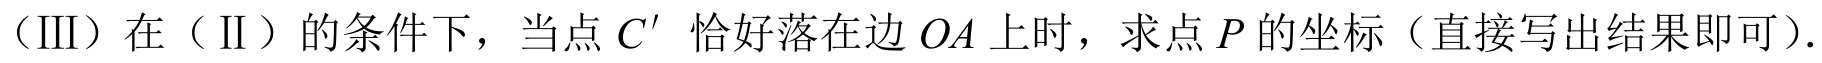
（III）在（Ⅱ）的条件下，当点 \(C'\) 恰好落在边 \(OA\) 上时，求点 \(P\) 的坐标（直接写出结果即可）.